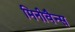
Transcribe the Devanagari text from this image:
मिनीवैन्स